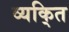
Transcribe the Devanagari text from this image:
व्यकि्‌त